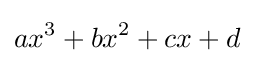
ax^{3}+bx^{2}+cx+d